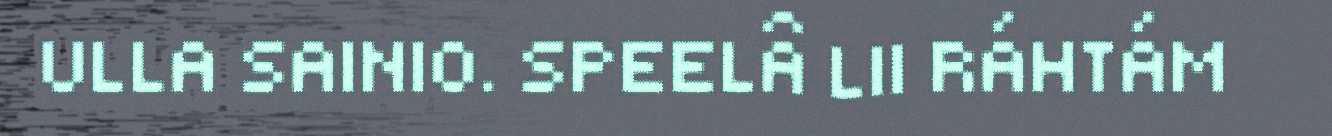
ULLA SAINIO. SPEELÂ LII RÁHTÁM